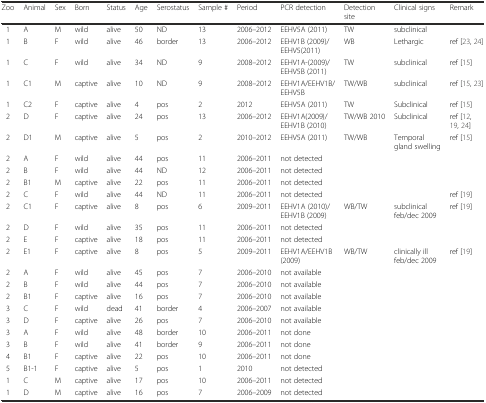
<table><thead><tr><td><b>Zoo</b></td><td><b>Animal</b></td><td><b>Sex</b></td><td><b>Born</b></td><td><b>Status</b></td><td><b>Age</b></td><td><b>Serostatus</b></td><td><b>Sample #</b></td><td><b>Period</b></td><td><b>PCR detection</b></td><td><b>Detection site</b></td><td><b>Clinical signs</b></td><td><b>Remark</b></td></tr></thead><tbody><tr><td>1</td><td>A</td><td>M</td><td>wild</td><td>alive</td><td>50</td><td>ND</td><td>13</td><td>2006–2012</td><td>EEHV5A (2011)</td><td>TW</td><td>subclinical</td><td></td></tr><tr><td>1</td><td>B</td><td>F</td><td>wild</td><td>alive</td><td>46</td><td>border</td><td>13</td><td>2006–2012</td><td>EEHV1B (2009)/EEHV5(2011)</td><td>WB</td><td>Lethargic</td><td>ref [23, 24]</td></tr><tr><td>1</td><td>C</td><td>F</td><td>wild</td><td>alive</td><td>34</td><td>ND</td><td>9</td><td>2008–2012</td><td>EEHV1A-(2009)/EEHV5B (2011)</td><td>TW</td><td>subclinical</td><td>ref [15]</td></tr><tr><td>1</td><td>C1</td><td>M</td><td>captive</td><td>alive</td><td>10</td><td>ND</td><td>9</td><td>2008–2012</td><td>EEHV1A/EEHV1B/EEHV5B</td><td>TW/WB</td><td>subclinical</td><td>ref [15, 23]</td></tr><tr><td>1</td><td>C2</td><td>F</td><td>captive</td><td>alive</td><td>4</td><td>pos</td><td>2</td><td>2012</td><td>EEHV5A (2011)</td><td>TW</td><td>Subclinical</td><td>ref [15]</td></tr><tr><td>2</td><td>D</td><td>F</td><td>captive</td><td>alive</td><td>24</td><td>pos</td><td>13</td><td>2006–2012</td><td>EEHV1A(2009)/EEHV1B (2010)</td><td>TW/WB 2010</td><td>Subclinical</td><td>ref [12, 19, 24]</td></tr><tr><td>2</td><td>D1</td><td>M</td><td>captive</td><td>alive</td><td>5</td><td>pos</td><td>2</td><td>2010–2012</td><td>EEHV5A (2011)</td><td>TW/WB</td><td>Temporal gland swelling</td><td>ref [15]</td></tr><tr><td>2</td><td>A</td><td>F</td><td>wild</td><td>alive</td><td>44</td><td>pos</td><td>11</td><td>2006–2011</td><td>not detected</td><td></td><td></td><td></td></tr><tr><td>2</td><td>B</td><td>F</td><td>wild</td><td>alive</td><td>44</td><td>ND</td><td>12</td><td>2006–2011</td><td>not detected</td><td></td><td></td><td></td></tr><tr><td>2</td><td>B1</td><td>M</td><td>captive</td><td>alive</td><td>22</td><td>pos</td><td>11</td><td>2006–2011</td><td>not detected</td><td></td><td></td><td></td></tr><tr><td>2</td><td>C</td><td>F</td><td>wild</td><td>alive</td><td>44</td><td>ND</td><td>11</td><td>2006–2011</td><td>not detected</td><td></td><td></td><td>ref [19]</td></tr><tr><td>2</td><td>C1</td><td>F</td><td>captive</td><td>alive</td><td>8</td><td>pos</td><td>6</td><td>2009–2011</td><td>EEHV1A (2010)/EEHV1B (2009)</td><td>WB/TW</td><td>subclinical feb/dec 2009</td><td>ref [19]</td></tr><tr><td>2</td><td>D</td><td>F</td><td>wild</td><td>alive</td><td>35</td><td>pos</td><td>11</td><td>2006–2011</td><td>not detected</td><td></td><td></td><td></td></tr><tr><td>2</td><td>E</td><td>F</td><td>captive</td><td>alive</td><td>18</td><td>pos</td><td>11</td><td>2006–2011</td><td>not detected</td><td></td><td></td><td></td></tr><tr><td>2</td><td>E1</td><td>F</td><td>captive</td><td>alive</td><td>8</td><td>pos</td><td>5</td><td>2009–2011</td><td>EEHV1A/EEHV1B (2009)</td><td>WB/TW</td><td>clinically ill feb/dec 2009</td><td>ref [19]</td></tr><tr><td>2</td><td>A</td><td>F</td><td>wild</td><td>alive</td><td>45</td><td>pos</td><td>7</td><td>2006–2010</td><td>not available</td><td></td><td></td><td></td></tr><tr><td>2</td><td>B</td><td>F</td><td>wild</td><td>alive</td><td>44</td><td>pos</td><td>7</td><td>2006–2010</td><td>not available</td><td></td><td></td><td></td></tr><tr><td>2</td><td>B1</td><td>F</td><td>captive</td><td>alive</td><td>16</td><td>pos</td><td>7</td><td>2006–2010</td><td>not available</td><td></td><td></td><td></td></tr><tr><td>3</td><td>C</td><td>F</td><td>wild</td><td>dead</td><td>41</td><td>border</td><td>4</td><td>2006–2007</td><td>not available</td><td></td><td></td><td></td></tr><tr><td>3</td><td>D</td><td>F</td><td>captive</td><td>alive</td><td>26</td><td>pos</td><td>7</td><td>2006–2010</td><td>not available</td><td></td><td></td><td></td></tr><tr><td>3</td><td>A</td><td>F</td><td>wild</td><td>alive</td><td>48</td><td>border</td><td>10</td><td>2006–2011</td><td>not done</td><td></td><td></td><td></td></tr><tr><td>3</td><td>B</td><td>F</td><td>wild</td><td>alive</td><td>41</td><td>border</td><td>9</td><td>2006–2011</td><td>not done</td><td></td><td></td><td></td></tr><tr><td>4</td><td>B1</td><td>F</td><td>captive</td><td>alive</td><td>22</td><td>pos</td><td>10</td><td>2006–2011</td><td>not done</td><td></td><td></td><td></td></tr><tr><td>5</td><td>B1-1</td><td>F</td><td>captive</td><td>alive</td><td>5</td><td>pos</td><td>1</td><td>2010</td><td>not detected</td><td></td><td></td><td></td></tr><tr><td>1</td><td>C</td><td>M</td><td>captive</td><td>alive</td><td>17</td><td>pos</td><td>10</td><td>2006–2011</td><td>not detected</td><td></td><td></td><td></td></tr><tr><td>1</td><td>D</td><td>M</td><td>captive</td><td>alive</td><td>16</td><td>pos</td><td>7</td><td>2006–2009</td><td>not detected</td><td></td><td></td><td></td></tr></tbody></table>